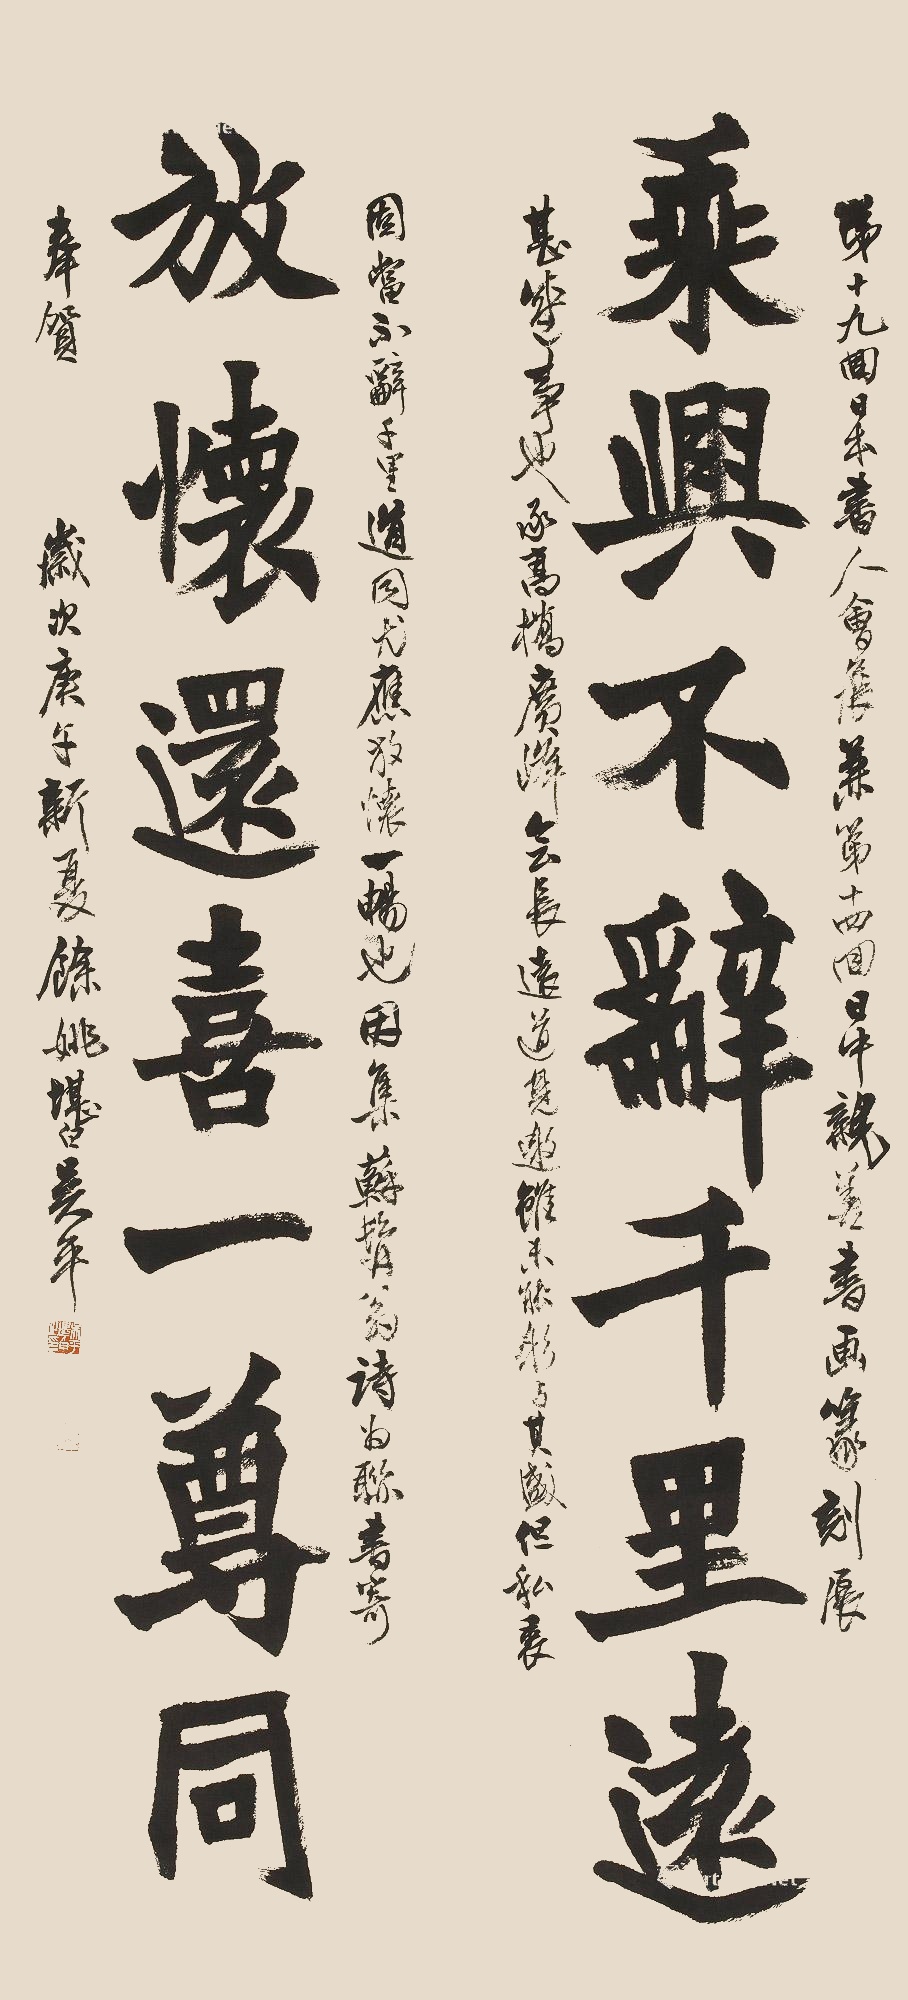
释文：乘兴不辞千里远；放怀还喜一尊同。第十九回日本书人会展兼第十四回日中亲善书画篆刻展，甚□事也，承高桥广峰会长远道见邀，虽未能躬与其盛，但私衷固当不辞千里道同尤应放怀一畅也，因集苏髯翁为联，书寄奉贤。岁次庚午新夏，余姚堪白吴平。